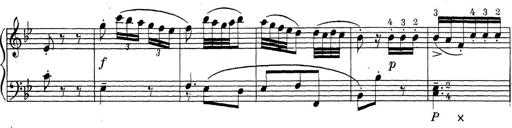
Title: ÄŒeskÃ© Sonatiny
Composer: Various